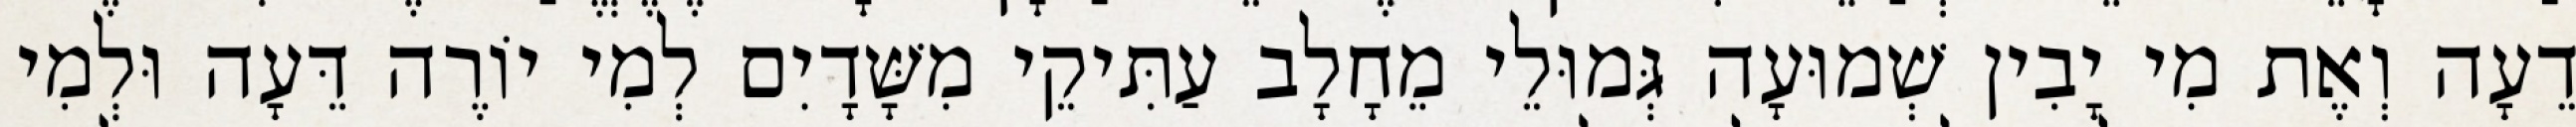
דֵעָה וְאֶת מִי יָבִין שְׁמוּעָה גְּמוּלֵי מֵחָלָב עַתִּיקֵי מִשָּׁדָיִם לְמִי יוֹרֶה דֵּעָה וּלְמִי